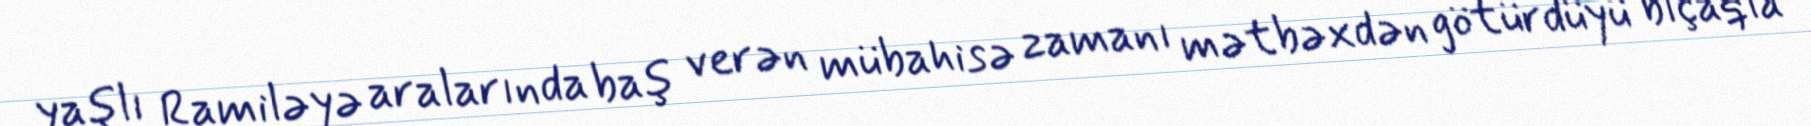
yaşlı Ramiləyə aralarında baş verən mübahisə zamanı mətbəxdən götürdüyü bıçaqla